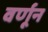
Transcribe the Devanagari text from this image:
वर्णून